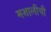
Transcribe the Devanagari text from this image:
मशालीची